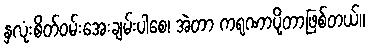
နှလုံးစိတ်ဝမ်းအေးချမ်းပါစေ၊ အဲတာ ကရုဏာပို့တာဖြစ်တယ်။